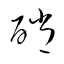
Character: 硝